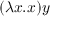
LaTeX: ( \lambda x . x ) y